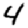
Digit: 4